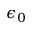
\epsilon _ { 0 }